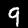
Label: 9